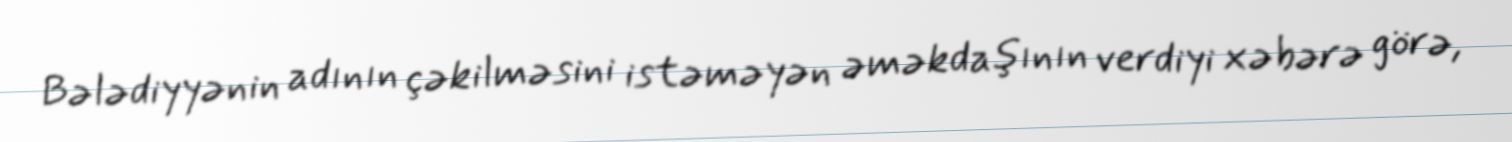
Bələdiyyənin adının çəkilməsini istəməyən əməkdaşının verdiyi xəbərə görə,